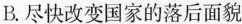
B.尽快改变国家的落后面貌